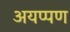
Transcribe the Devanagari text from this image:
अयप्पण